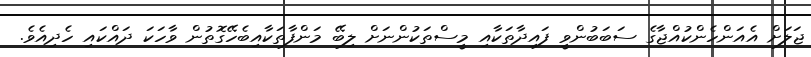
ޖަލަށް އެއަންހެންކުއްޖާގެ ސަބަބުންވީ ފައިދާތަކާއި މީސްތަކުންނަށް ލިބޭ މަންފާތަކާއިބެހޭގޮތުން ވާހަކަ ދައްކައި ހެދިއެވެ.